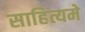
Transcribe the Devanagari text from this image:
साहित्यमे